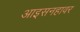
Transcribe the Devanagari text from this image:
आइसनहावर